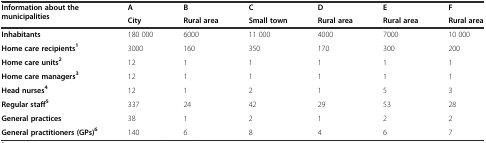
<table><thead><tr><td rowspan="2"><b>Information about the municipalities</b></td><td><b>A</b></td><td><b>B</b></td><td><b>C</b></td><td><b>D</b></td><td><b>E</b></td><td><b>F</b></td></tr><tr><td><b>City</b></td><td><b>Rural area</b></td><td><b>Small town</b></td><td><b>Rural area</b></td><td><b>Rural area</b></td><td><b>Rural area</b></td></tr></thead><tbody><tr><td><b>Inhabitants</b></td><td>180 000</td><td>6000</td><td>11 000</td><td>4000</td><td>7000</td><td>10 000</td></tr><tr><td><b>Home care recipients</b><sup><b>1</b></sup></td><td>3000</td><td>160</td><td>350</td><td>170</td><td>300</td><td>200</td></tr><tr><td><b>Home care units</b><sup><b>2</b></sup></td><td>12</td><td>1</td><td>1</td><td>1</td><td>1</td><td>1</td></tr><tr><td><b>Home care managers</b><sup><b>3</b></sup></td><td>12</td><td>1</td><td>1</td><td>1</td><td>1</td><td>1</td></tr><tr><td><b>Head nurses</b><sup><b>4</b></sup></td><td>12</td><td>1</td><td>2</td><td>1</td><td>5</td><td>3</td></tr><tr><td><b>Regular staff</b><sup><b>5</b></sup></td><td>337</td><td>24</td><td>42</td><td>29</td><td>53</td><td>28</td></tr><tr><td><b>General practices</b></td><td>38</td><td>1</td><td>2</td><td>1</td><td>2</td><td>2</td></tr><tr><td><b>General practitioners (GPs)</b><sup><b>6</b></sup></td><td>140</td><td>6</td><td>8</td><td>4</td><td>6</td><td>7</td></tr></tbody></table>